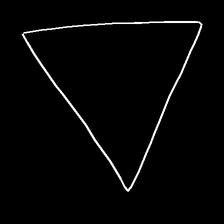
Glyph: convergence